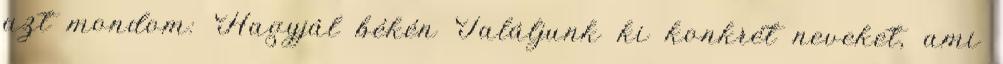
azt mondom: Hagyjál békén Találjunk ki konkrét neveket, ami